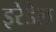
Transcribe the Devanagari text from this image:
इरेडेल